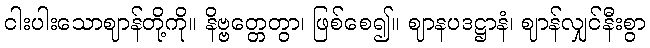
ငါးပါးသောဈာန်တို့ကို။ နိဗ္ဗတ္တေတွာ၊ ဖြစ်စေ၍။ ဈာနပဒဋ္ဌာနံ၊ ဈာန်လျှင်နီးစွာ